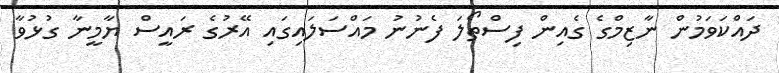
ދައްކަވަމުން ނާޒިމްގެ ގެއިން ފިސްތޯލަ ފެނުނު މައްސަލައިގައި އޭރުގެ ރައީސް ޔާމީނާ ގުޅުވާ